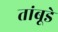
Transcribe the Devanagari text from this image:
तांबूडे